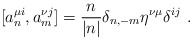
\begin{align*}[a_n^{\mu i},a^{\nu j}_m]=\frac{n}{|n|}\delta _{n,-m}\eta ^{\nu \mu }\delta ^{ij}\ .\end{align*}